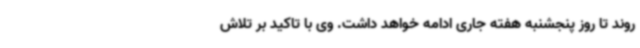
روند تا روز پنجشنبه هفته جاری ادامه خواهد داشت. وی با تاکید بر تلاش